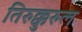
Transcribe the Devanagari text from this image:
तिरुक्कुरुल